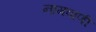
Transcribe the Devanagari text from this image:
नामवाणी